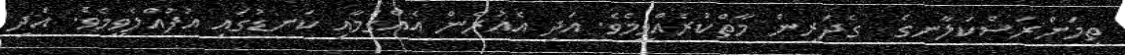
ތިމަންރަސްކަލާނގެ  ގެދަރިން މާތްކުރެއްވީމެވެ. އަދި އެއުރެން އެއްގަމާއި ކަނޑުގައި އުފުއްލެވީމެވެ. އަދި